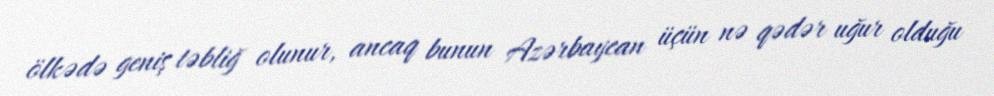
ölkədə geniş təbliğ olunur, ancaq bunun Azərbaycan üçün nə qədər uğur olduğu